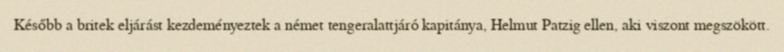
Később a britek eljárást kezdeményeztek a német tengeralattjáró kapitánya, Helmut Patzig ellen, aki viszont megszökött.